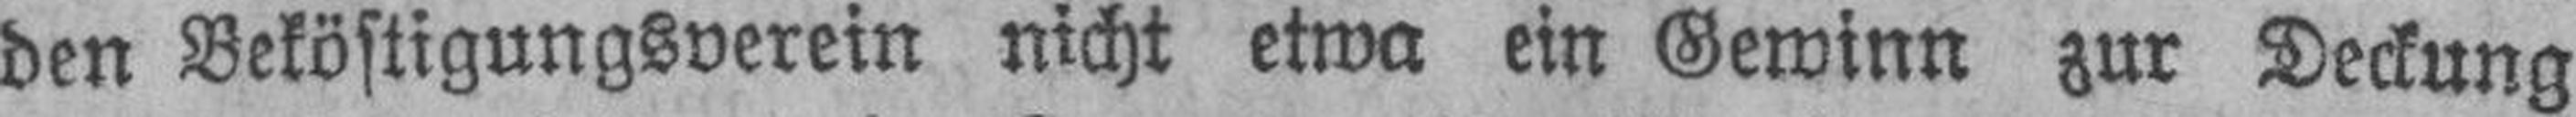
den Beköstigungsverein nicht etwa ein Gewinn zur Deckung